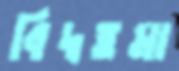
বিদ্বত্তমা